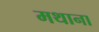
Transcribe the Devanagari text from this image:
मथाना